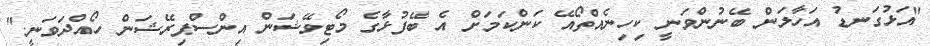
"އަޅުގަނޑު އަހާލަން ބޭނުންވަނީ ކިހިނެއްތޯއޭ ކަންކަމަށް އެ ބޭފުޅާގެ މޯޓިވޭޝަން އިންސްޕިރޭޝަން ހޯއްދަވަނީ."